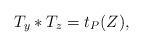
LaTeX: \begin{align*}T_y*T_z=t_P(Z),\end{align*}